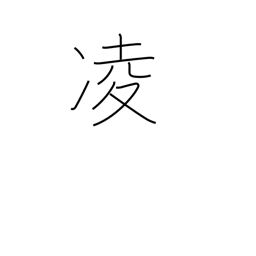
Meaning: stave off